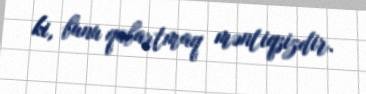
ki, bunu qabartmaq məntiqsizdir.